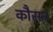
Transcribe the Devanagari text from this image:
कौसन